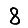
Digit: 8